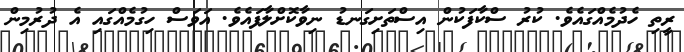
ރީތި ހެދުމެއްގައެވެ. ކުރު ސްކާފަކުން އިސްތަށިގަނޑު ނިވާކޮށްލާފައެެވެ. އަވަސް ހިގުމެއްގައި އެ ދުރުމިން